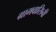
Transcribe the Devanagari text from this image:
ग्रामवासिनी